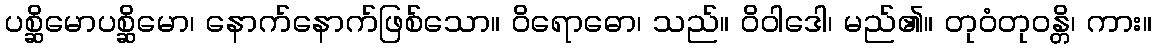
ပစ္ဆိမောပစ္ဆိမော၊ နောက်နောက်ဖြစ်သော။ ဝိရောဓော၊ သည်။ ဝိဝါဒေါ၊ မည်၏။ တုဝံတုဝန္တိ၊ ကား။